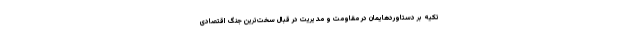
تکیه بر دستاوردهایمان در مقاومت و مدیریت در قبال سخت‌ترین جنگ اقتصادی